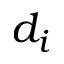
d _ { i }